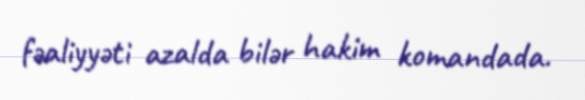
fəaliyyəti azalda bilər hakim komandada.